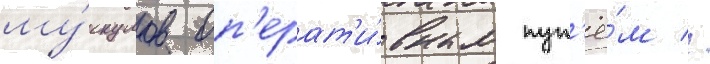
му́скулов оп'ерат'и́вным пут'ё́м //